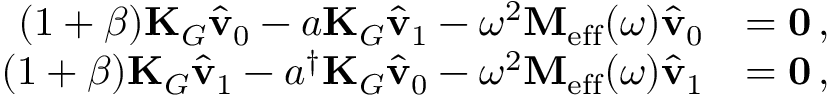
\begin{array} { r l } { ( 1 + \beta ) \mathbf { K } _ { G } \hat { \mathbf { v } } _ { 0 } - a \mathbf { K } _ { G } \hat { \mathbf { v } } _ { 1 } - \omega ^ { 2 } \mathbf { M } _ { \mathrm { e f f } } ( \omega ) \hat { \mathbf { v } } _ { 0 } } & { = \mathbf { 0 } \, , } \\ { ( 1 + \beta ) \mathbf { K } _ { G } \hat { \mathbf { v } } _ { 1 } - a ^ { \dagger } \mathbf { K } _ { G } \hat { \mathbf { v } } _ { 0 } - \omega ^ { 2 } \mathbf { M } _ { \mathrm { e f f } } ( \omega ) \hat { \mathbf { v } } _ { 1 } } & { = \mathbf { 0 } \, , } \end{array}